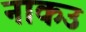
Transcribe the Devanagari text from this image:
नाकउ